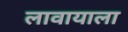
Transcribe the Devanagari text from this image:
लावायाला